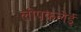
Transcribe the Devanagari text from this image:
लीपकलेई